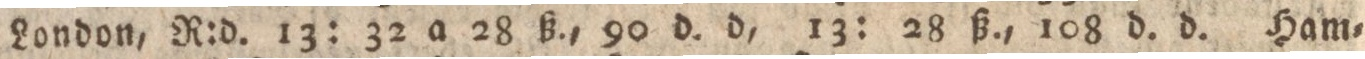
London, R:d. 13: 32 a 28 ß., 90 d. d, 13: 28 ß., 108 d. d. Ham=